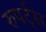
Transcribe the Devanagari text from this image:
रुपर्ट्स